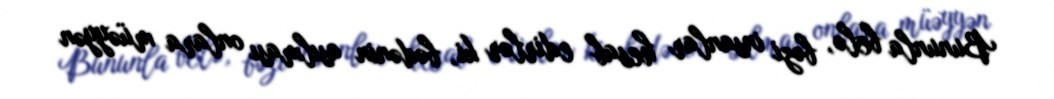
Bununla belə, bəzi insanlar hesab edirlər ki, bədənin asılması onlara müəyyən